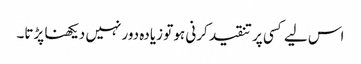
اس لیے کسی پر تنقید کرنی ہو تو زیادہ دور نہیں دیکھنا پڑتا۔